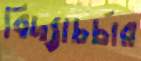
বিদ্যাচর্চার